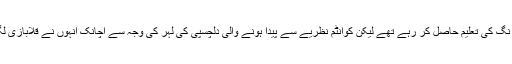
اگرچہ اس وقت وہ الیکٹریکل انجنیئر نگ کی تعلیم حاصل کر رہے تھے لیکن کوانٹم نظریے سے پیدا ہونے والی دلچسپی کی لہر کی وجہ سے اچانک انہوں نے قلابازی لگا کر اس میدان میں چھلانگ لگا دی۔